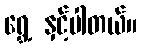
ရွှေ့ နှင့်ပါတယ်။